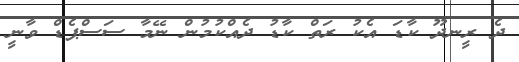
ދެ ރީނދޫ ކާޑަ އެކު ރަތް ކާޑު ދެއްކުމުން ނޭމާ ސަސްޕެޑް ވާނީ